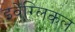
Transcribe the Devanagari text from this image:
इवेंग्लिकल